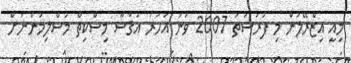
މިއީ އިޒްރޭލުން މި ފުރުސަތު 2007 ވަނަ އަހަރު އަޤްސާ މިސްކިތް މުސްލިމުންނަށް